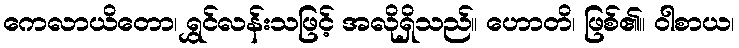
ကေလာယိတော၊ ရွှင်လန်းသဖြင့် အလိုရှိသည်။ ဟောတိ၊ ဖြစ်၏။ ဝါစာယ၊